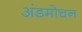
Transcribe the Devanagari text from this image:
अंडमोचन